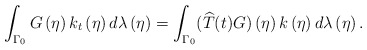
\begin{align*}\int_{\Gamma _{0}}G\left( \eta \right) k_{t}\left( \eta \right)d\lambda \left( \eta \right) =\int_{\Gamma _{0}}(\widehat{T}(t)G)\left(\eta \right) k\left( \eta \right) d\lambda \left( \eta \right) .\end{align*}